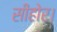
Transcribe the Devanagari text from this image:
सीहोर।